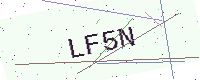
Text: LF5N